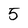
Character: 5